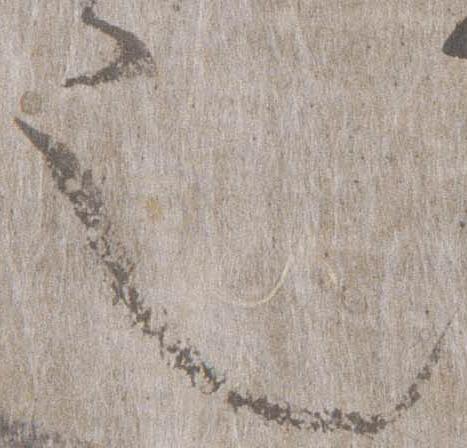
也